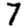
Digit: 7